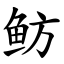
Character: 鲂